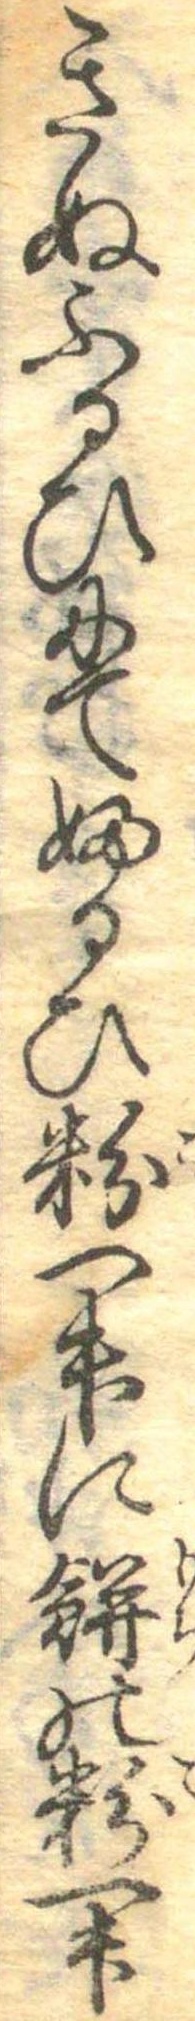
きぬふるひにてふるひ粉一升に餅の粉一升